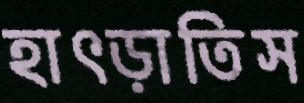
হাৎড়াতিস